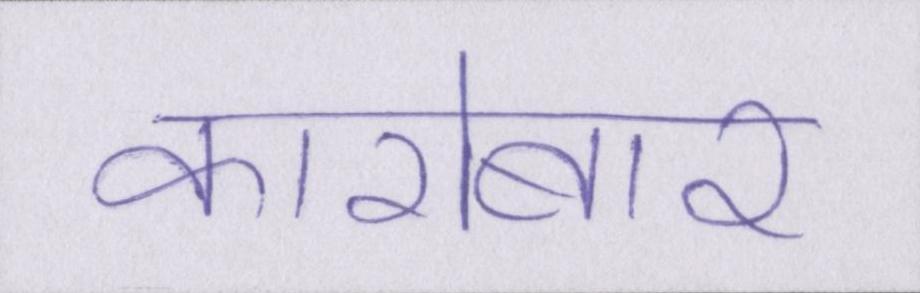
कारोबार